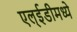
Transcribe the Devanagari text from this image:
एल्‌ईडीमध्ये